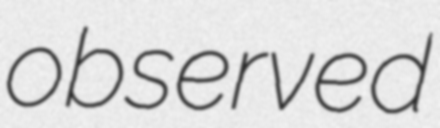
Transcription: observed